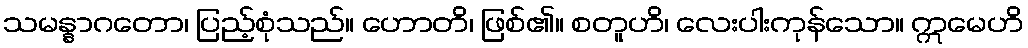
သမန္နာဂတော၊ ပြည့်စုံသည်။ ဟောတိ၊ ဖြစ်၏။ စတူဟိ၊ လေးပါးကုန်သော။ ဣမေဟိ